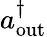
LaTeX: a_{\mathrm{out}}^{\dagger}